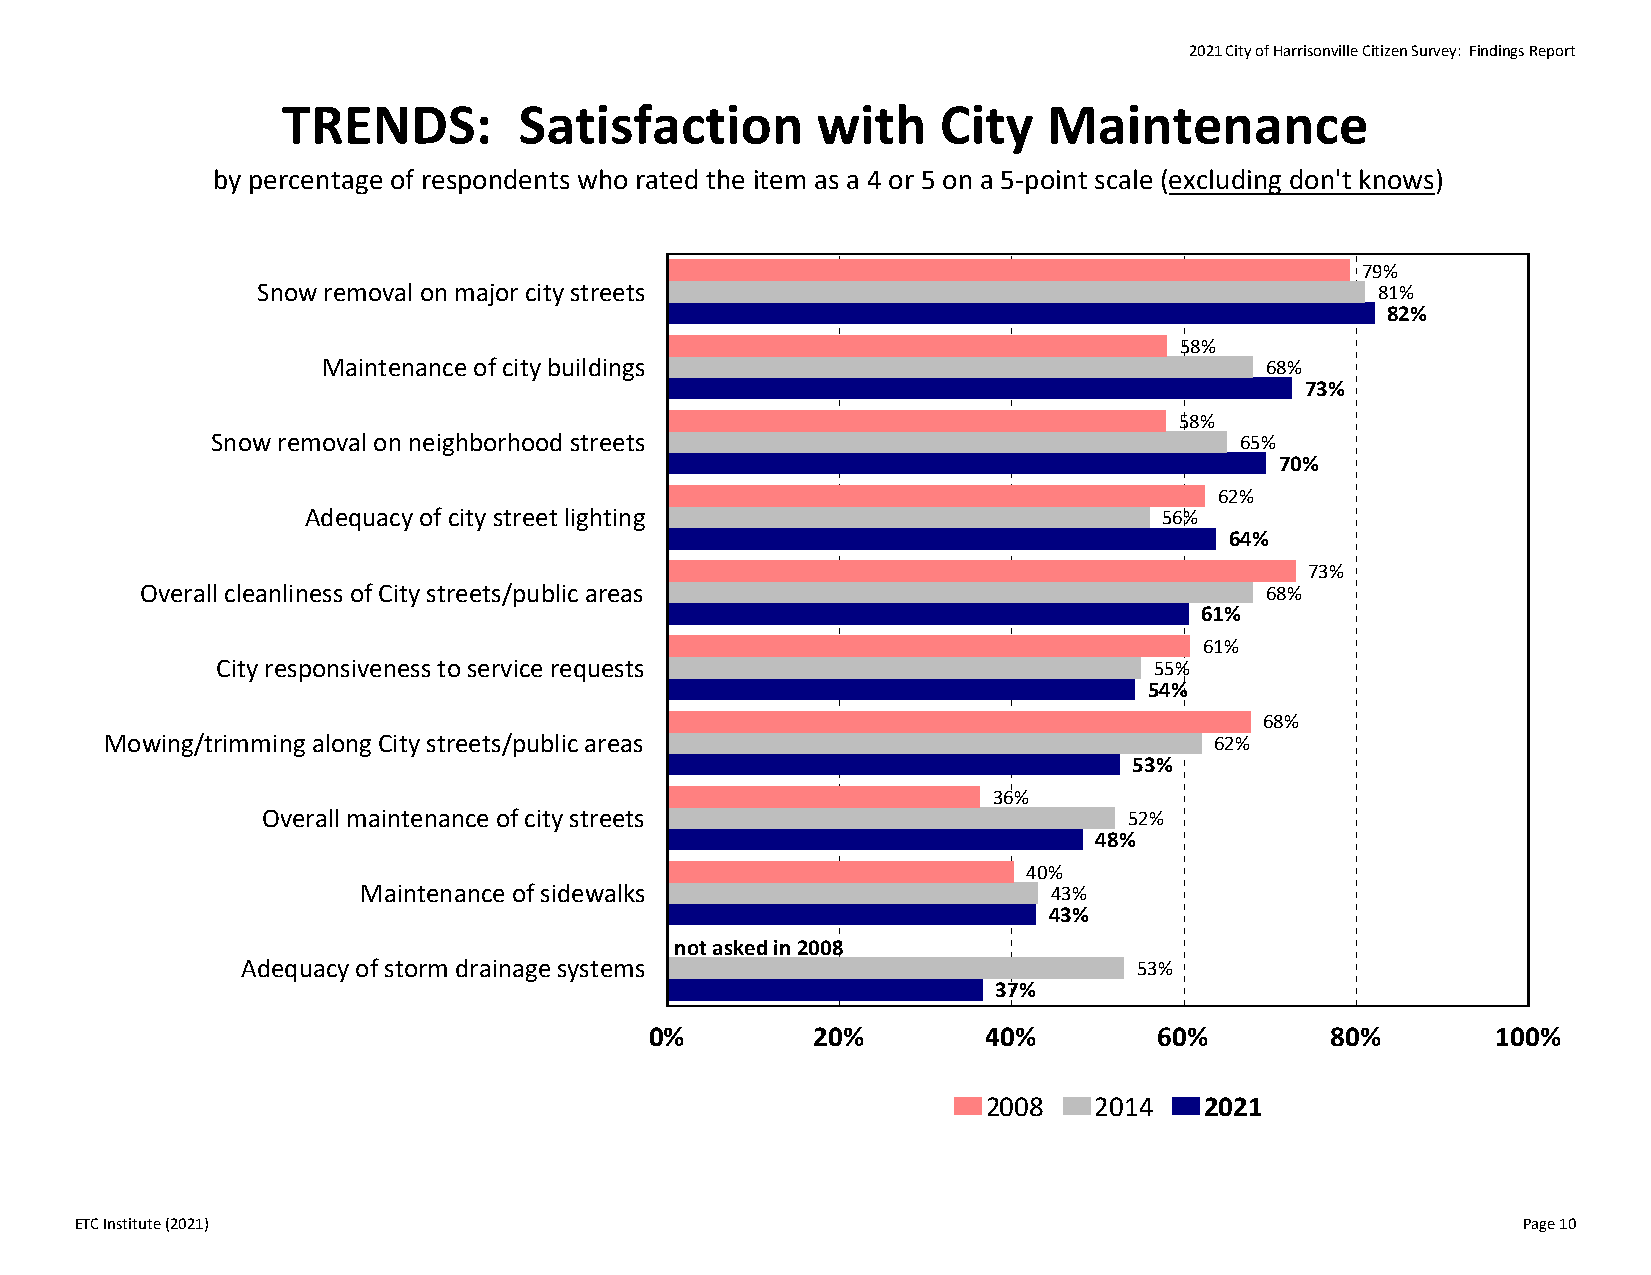
2021 City of Harrisonville Citizen Survey: Findings Report
 TRENDS:        Satisfaction        with    City   Maintenance
 by percentage of respondents who rated the item as a 4 or 5 on a 5‐point scale (excluding don't knows)
 79%
 Snow removal on major city streets                                        81%
 82%
 58%
 Maintenance of city buildings                                  68%
 73%
 58%
 Snow removal on neighborhood streets                                65%
 70%
 62%
 Adequacy of city street lighting                         56%
 64%
 73%
 Overall cleanliness of City streets/public areas                           68%
 61%
 61%
 City responsiveness to service requests                       55%
 54%
 68%
 Mowing/trimming along City streets/public areas                          62%
 53%
 36%
 Overall maintenance of city streets                       52%
 48%
 40%
 Maintenance of sidewalks                      43%
 43%
 not asked in 2008
 Adequacy of storm drainage systems                         53%
 37%
 0%         20%        40%         60%        80%        100%
 2008   2014    2021
 ETC Institute (2021)                                                                            Page 10